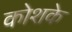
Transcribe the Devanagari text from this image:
कोशके